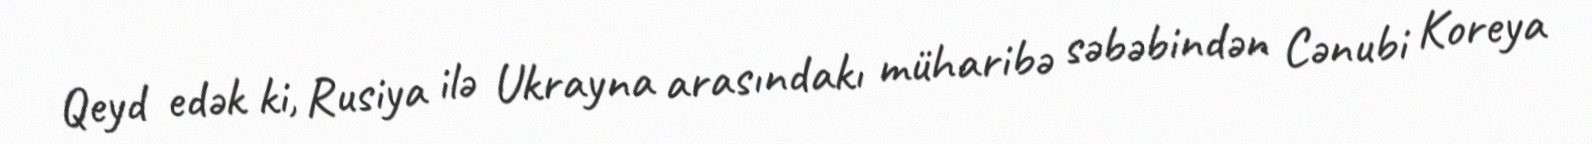
Qeyd edək ki, Rusiya ilə Ukrayna arasındakı müharibə səbəbindən Cənubi Koreya